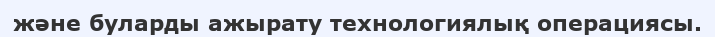
және буларды ажырату технологиялық операциясы.